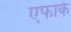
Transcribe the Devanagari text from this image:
एफाके